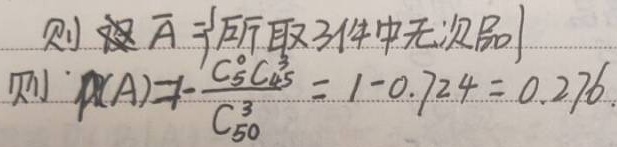
则\(\overline{A}=\{\text{所取3件中无次品}\}\)。
则\(P(A)=1 - \frac{C_{5}^{0}C_{45}^{3}}{C_{50}^{3}}=1 - 0.724 = 0.276\)